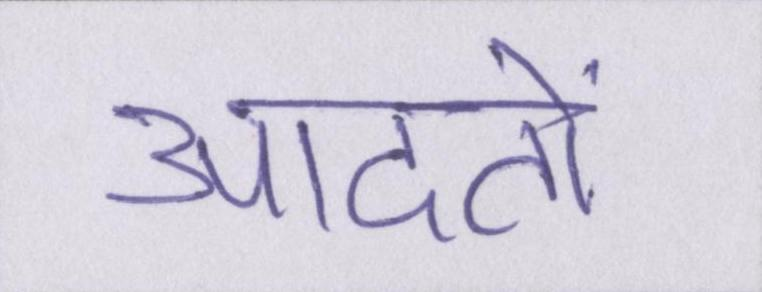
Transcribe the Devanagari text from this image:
आदतों